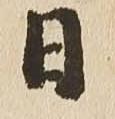
日